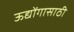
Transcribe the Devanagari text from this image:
ऊद्योंगासाठी